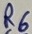
Text: R6